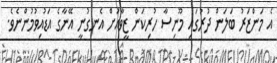
އެ މަންޒަރު ބަލަން ދުރުގައި މޫނިސާ ހުރިކަން ޒީވާއަށް އެނގުނީ އޭނާގެ އަޑުއިވުމުންނެވެ.